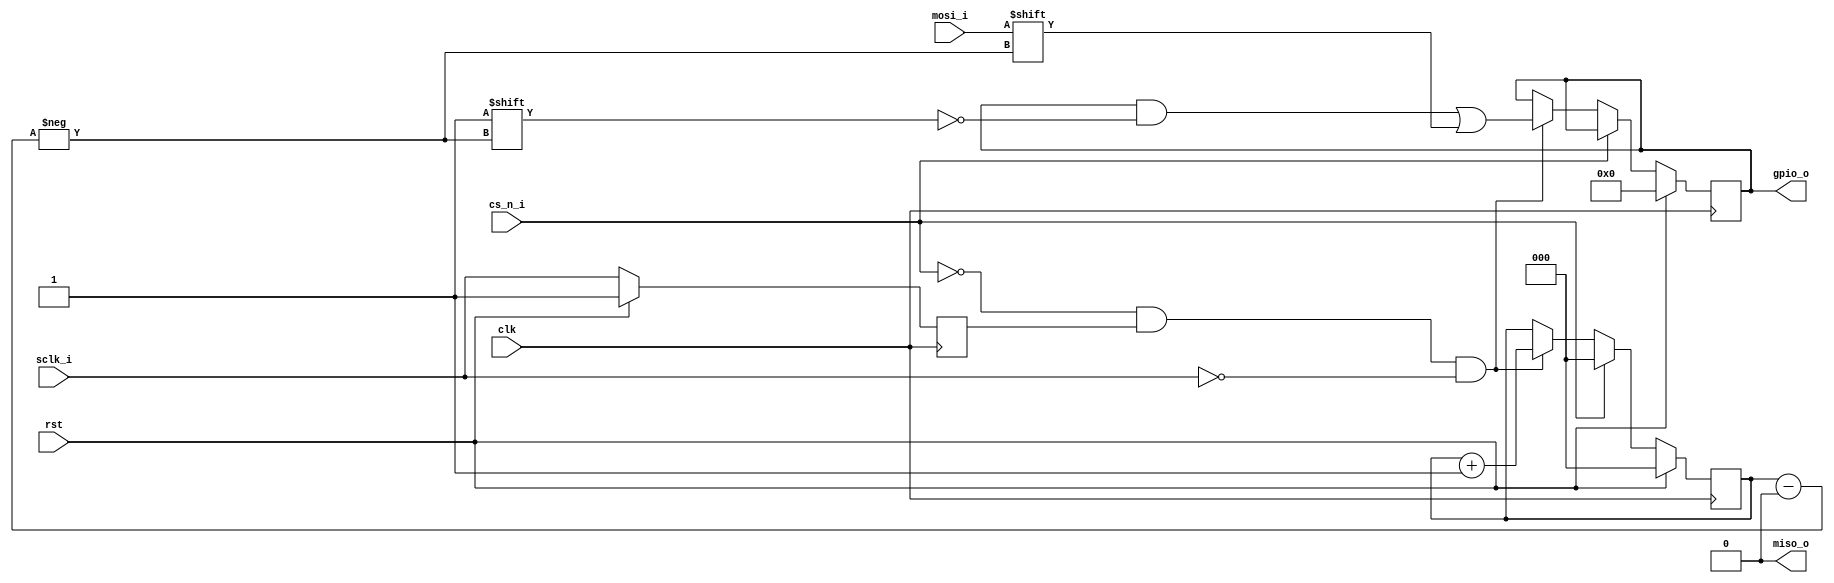
module spi_slave
  #(parameter INIT_VALUE = 8'd0)
   (
    input            clk,
    input            rst,
    input            sclk_i,
    input            mosi_i,
    output           miso_o = 1'b0,
    input            cs_n_i,
    output reg [7:0] gpio_o);

   reg     sclk_r;

   wire    sclk_edge = ~cs_n_i & sclk_r & ~sclk_i;

   reg [2:0] cnt;

   always @(posedge clk) begin
      sclk_r <= sclk_i;

      if (cs_n_i)
        cnt <= 3'd0;
      else if (sclk_edge) begin
         cnt <= cnt + 1'd1;
         gpio_o[cnt] <= mosi_i;
      end

      if (rst) begin
         cnt <= 3'd0;
         sclk_r <= 1'd1;
         gpio_o <= INIT_VALUE;
      end
   end
endmodule